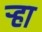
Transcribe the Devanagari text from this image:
र्‍हा